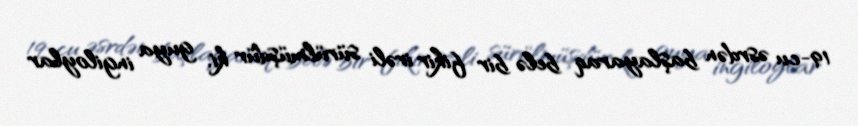
19-cu əsrdən başlayaraq belə bir fikir irəli sürülmüşdür ki, guya ingiloylar